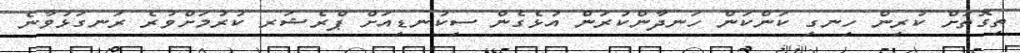
ތިގޮތަށް ކުރިން ހިނގި ކަންކަން ހަނދާންކުރަން އުޅެގެން ސިކުނޑިއަށް ޕްރެޝަރ ކުރުމަށްވުރެ ރަނގަޅުވާނެ